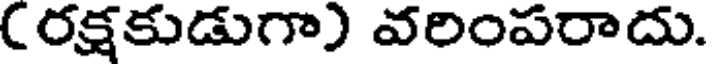
(రక్షకుడుగా) వరింపరాదు.